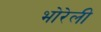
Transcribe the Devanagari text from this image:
भोरेली